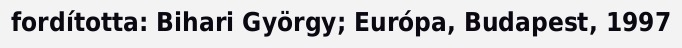
fordította: Bihari György; Európa, Budapest, 1997